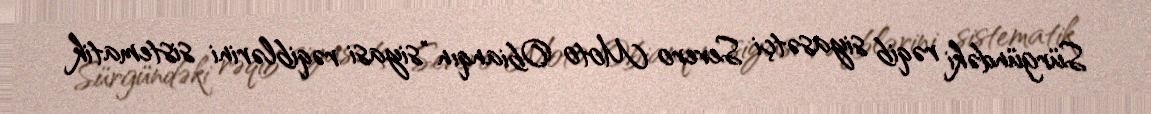
Sürgündəki rəqib siyasətçi Severo Moto Obianqın "siyasi rəqiblərini sistematik